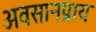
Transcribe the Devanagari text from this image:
अवसानप्राय